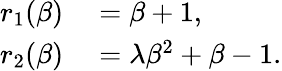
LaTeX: \begin{array}{rl}{r_{1}(\beta)}&{{}=\beta+1,}\\ {r_{2}(\beta)}&{{}=\lambda\beta^{2}+\beta-1.}\end{array}